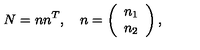
N = n n ^ { T } , \quad n = \left( \begin{array} { c } { n _ { 1 } } \\ { n _ { 2 } } \\ \end{array} \right) ,